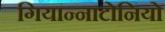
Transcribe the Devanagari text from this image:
गियान्नाटोनियो